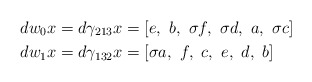
\begin{align*}d w_0 x&= d \gamma_{213} x = [e,\ b,\ \sigma f,\ \sigma d, \ a,\ \sigma c]\\d w_1 x&= d \gamma_{132} x = [\sigma a,\ f,\ c,\ e, \ d,\ b]\end{align*}